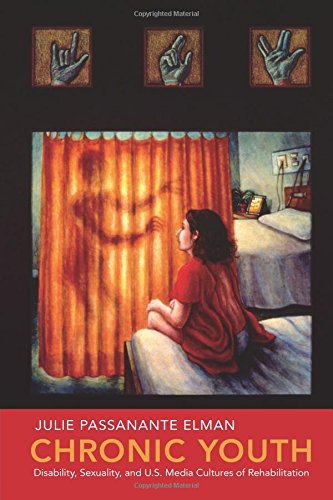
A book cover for Chronic Youth: Disability, Sexuality, and U.S. Media Cultures of Rehabilitation (NYU Series in Social and Cultural Analysis); Julie Passanante Elman; Law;